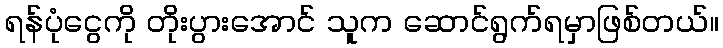
ရန်ပုံငွေကို တိုးပွားအောင် သူက ဆောင်ရွက်ရမှာဖြစ်တယ်။